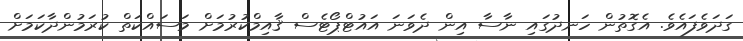
ގަދަވެފައެވެ. އެގޮތުން ހަނދުގައި ނާސާ އިން ދެވަނަ އައުޓްޕޯޓެސް ޤާއިމްކުރުމަށް މަސައްކަތް ކުރަމުންދާކަމަށް